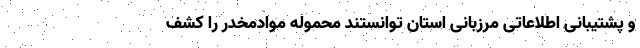
و پشتیبانی اطلاعاتی مرزبانی استان توانستند محموله موادمخدر را کشف